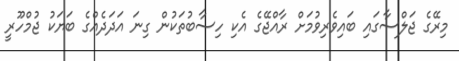
މިރޭގެ ޖަލްސާގައި ބައިވެރިވުމަށް ރާއްޖޭގެ އެކި ހިސާބުތަކުން ގިނަ އަދަދެއްގެ ބަޔަކު ޖުމްހޫރީ